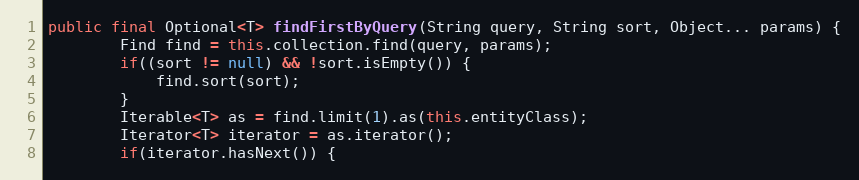
Language: Java
public final Optional<T> findFirstByQuery(String query, String sort, Object... params) {
        Find find = this.collection.find(query, params);
        if((sort != null) && !sort.isEmpty()) {
            find.sort(sort);
        }
        Iterable<T> as = find.limit(1).as(this.entityClass);
        Iterator<T> iterator = as.iterator();
        if(iterator.hasNext()) {